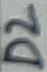
Text: D2